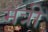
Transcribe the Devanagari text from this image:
मंत्री